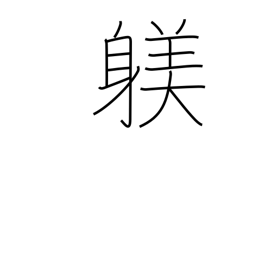
Meaning: training